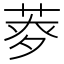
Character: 𦱏